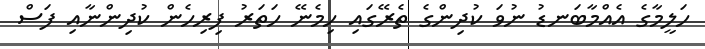
ހަލީމާގެ އެއްމާބަނޑު ނުވަ ކުދިންގެ ތެރޭގައި ހިމެނޭ ހަތަރު ފިރިހެން ކުދިންނާއި ފަސް